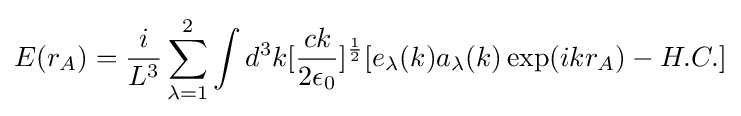
E(r_{A})={i \over L^{3}}\sum \limits _{\lambda =1}^{2}\int d^{3}k[{{ck} \over {2\epsilon _{0}}}]^{1 \over 2}[e_{\lambda }(k)a_{\lambda }(k)\exp(ikr_{A})-H.C.]